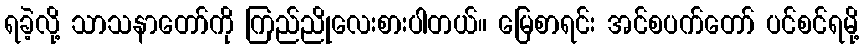
ရခဲ့လို့ သာသနာတော်ကို ကြည်ညိုလေးစားပါတယ်။ မြေစာရင်း အင်စပက်တော် ပင်စင်ရမို့